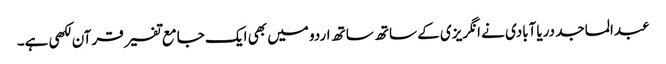
عبدالماجد دریاآبادی نے انگریزی کے ساتھ ساتھ اردو میں بھی ایک جامع تفسیر قرآن لکھی ہے۔